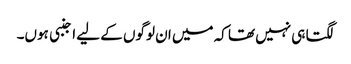
لگتا ہی نہیں تھا کہ میں ان لوگوں کے لیے اجنبی ہوں۔